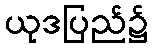
ယုဒပြည်၌